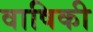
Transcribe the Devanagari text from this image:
वाषिकी